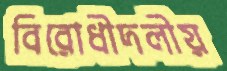
বিরোধীদলীয়